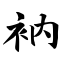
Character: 衲